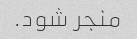
منجر شود.